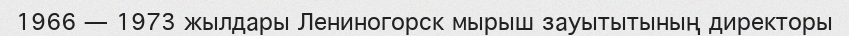
1966 — 1973 жылдары Лениногорск мырыш зауытытының директоры